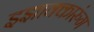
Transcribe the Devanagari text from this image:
इझाक्कारुंग